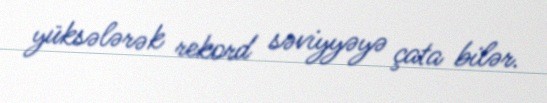
yüksələrək rekord səviyyəyə çata bilər.